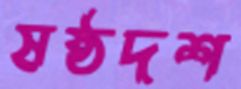
ষষ্ঠদশ